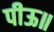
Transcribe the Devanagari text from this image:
पीऊ॥